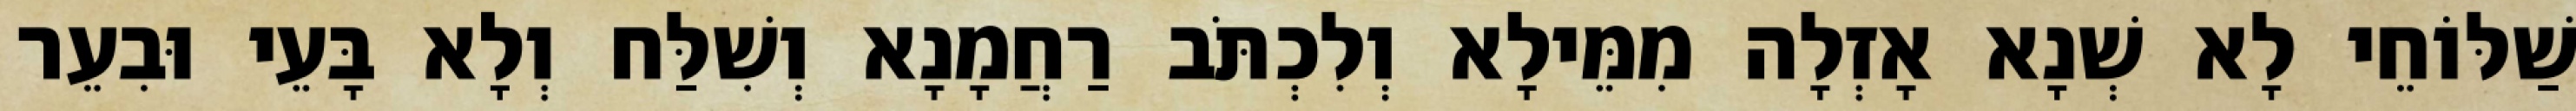
שַׁלּוֹחֵי לָא שְׁנָא אָזְלָה מִמֵּילָא וְלִכְתֹּב רַחֲמָנָא וְשִׁלַּח וְלָא בָּעֵי וּבִעֵר